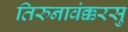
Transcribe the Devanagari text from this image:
तिरुनावंक्करसु